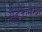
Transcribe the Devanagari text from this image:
सहजानन्दो